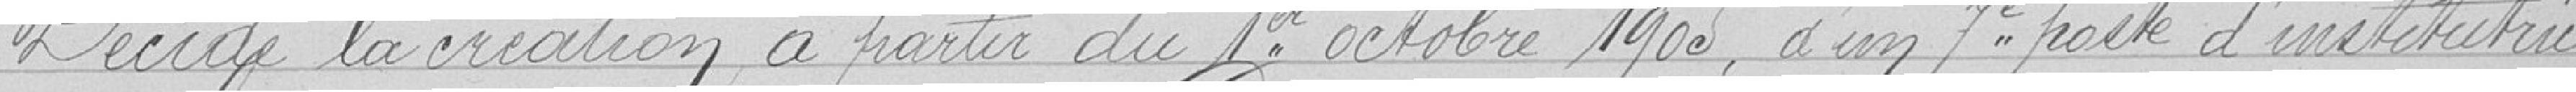
Décide la création à partir du 1er octobre 1905 d'un septième poste d'institutrice